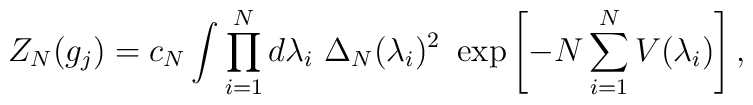
Z_N(g_j)=c_N \int \prod^N_{i=1} d\lambda_i \ \Delta_N (\lambda_i)^2  \ \exp \left[-N \sum_{i=1}^N V(\lambda_i) \right],